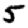
Digit: 5